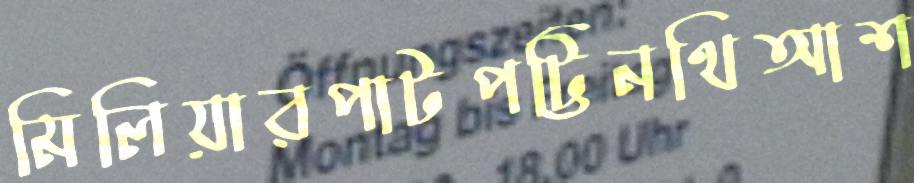
মিলিয়ারপাটপট্টিনথিআশ